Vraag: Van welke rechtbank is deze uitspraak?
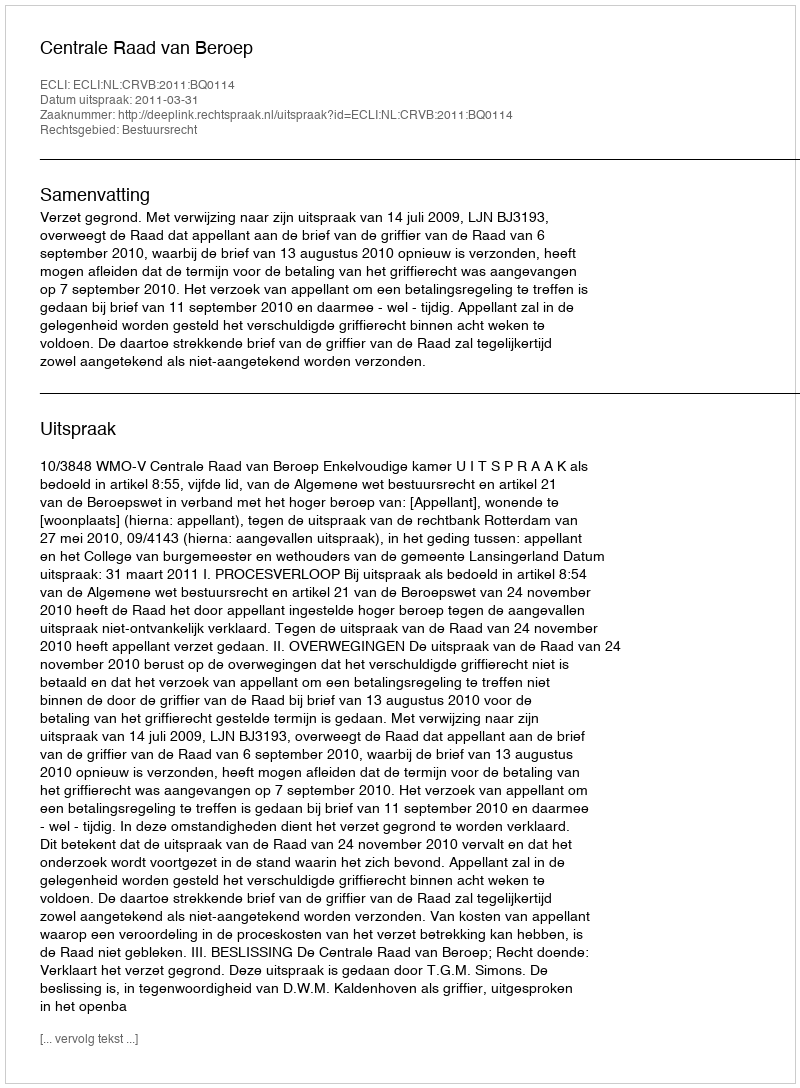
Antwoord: Centrale Raad van Beroep